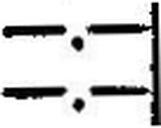
—.—